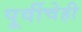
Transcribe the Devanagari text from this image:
पूर्वीचेही